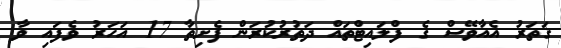
ގަތަރު އެއާވޭސް ގެ ފްލައިޓްތައް ދަތުރުކުރަން ފެށިތާ 17 އަހަރު ވެފައި ވާ